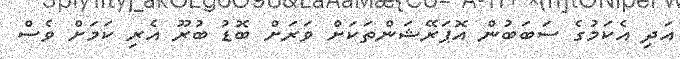
އަދި އެކަމުގެ ސަބަބުން އޮޕަރޭޝަންތަކަށް ވަރަށް ބޮޑު ބުރޫ އެރި ކަމަށް ވެސް